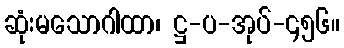
ဆုံးမသောဂါထာ၊ ဋ္ဌ-ပ-အုပ်-၄၅၆။